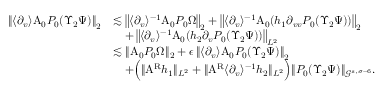
\begin{array} { r l } { \left\| \langle \partial _ { v } \rangle \mathrm { A } _ { 0 } P _ { 0 } ( \Upsilon _ { 2 } \Psi ) \right\| _ { 2 } } & { \lesssim \left\| \langle \partial _ { v } \rangle ^ { - 1 } \mathrm { A } _ { 0 } P _ { 0 } \Omega \right\| _ { 2 } + \left\| \langle \partial _ { v } \rangle ^ { - 1 } \mathrm { A } _ { 0 } ( h _ { 1 } \partial _ { v v } P _ { 0 } ( \Upsilon _ { 2 } \Psi ) ) \right\| _ { 2 } } \\ & { \quad + \left\| \langle \partial _ { v } \rangle ^ { - 1 } \mathrm { A } _ { 0 } ( h _ { 2 } \partial _ { v } P _ { 0 } ( \Upsilon _ { 2 } \Psi ) ) \right\| _ { L ^ { 2 } } } \\ & { \lesssim \| \mathrm { A } _ { 0 } P _ { 0 } \Omega \| _ { 2 } + \epsilon \left\| \langle \partial _ { v } \rangle \mathrm { A } _ { 0 } P _ { 0 } ( \Upsilon _ { 2 } \Psi ) \right\| _ { 2 } } \\ & { \quad + \Big ( \| \mathrm { A } ^ { \mathrm { R } } h _ { 1 } \| _ { L ^ { 2 } } + \| \mathrm { A } ^ { \mathrm { R } } \langle \partial _ { v } \rangle ^ { - 1 } h _ { 2 } \| _ { L ^ { 2 } } \Big ) \| P _ { 0 } ( \Upsilon _ { 2 } \Psi ) \| _ { \mathcal { G } ^ { s , \sigma - 6 } } . } \end{array}